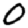
Digit: 0